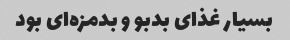
بسیار غذای بدبو و بدمزه‌ای بود